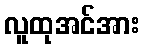
လူထုအင်အား